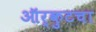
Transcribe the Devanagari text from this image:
ऑर्कुटचा